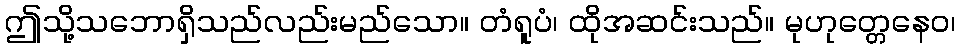
ဤသို့သဘောရှိသည်လည်းမည်သော။ တံရူပံ၊ ထိုအဆင်းသည်။ မုဟုတ္တေနေဝ၊